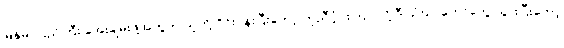
မြန်မာပြည်ကြီး အေးချမ်းဖို့အတွက် သူတို့ ဝိုင်းဝန်းပြီးတော့ ကူညီပံ့ပိုးကြပါလို့ ဒီ သံဃာတော်တွေ သွားပြီးတော့